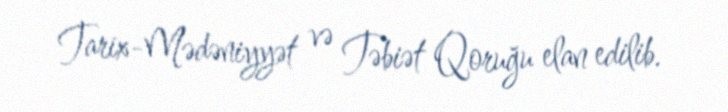
Tarix-Mədəniyyət və Təbiət Qoruğu elan edilib.